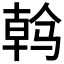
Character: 𱅠